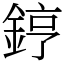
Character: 𨧤